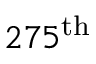
2 7 5 ^ { \mathrm { t h } }